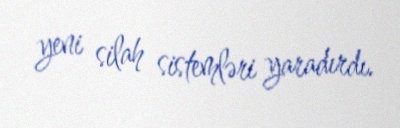
yeni silah sistemləri yaradırdı.